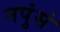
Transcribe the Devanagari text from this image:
नपुंसं